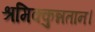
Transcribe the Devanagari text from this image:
श्रमिक्कुन्नतान।